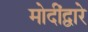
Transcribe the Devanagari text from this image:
मोदींद्वारे